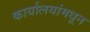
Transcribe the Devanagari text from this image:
कार्यालयांमधून